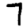
Digit: 7